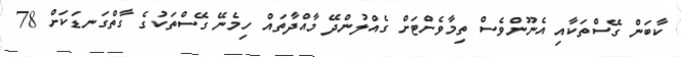
ކާބަން ގޭސްތަކާއި އެނޫންވެސް ތިމާވެށްޓަށް ގެއްލުންދޭ މާއްދާތައް ހިމެނޭ ގޭސްތަކުގެ ގާތްގަނޑަކަށް 78